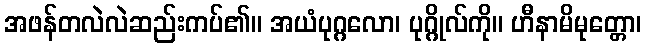
အဖန်တလဲလဲဆည်းကပ်၏။ အယံပုဂ္ဂလော၊ ပုဂ္ဂိုလ်ကို။ ဟီနာမိမုတ္တော၊